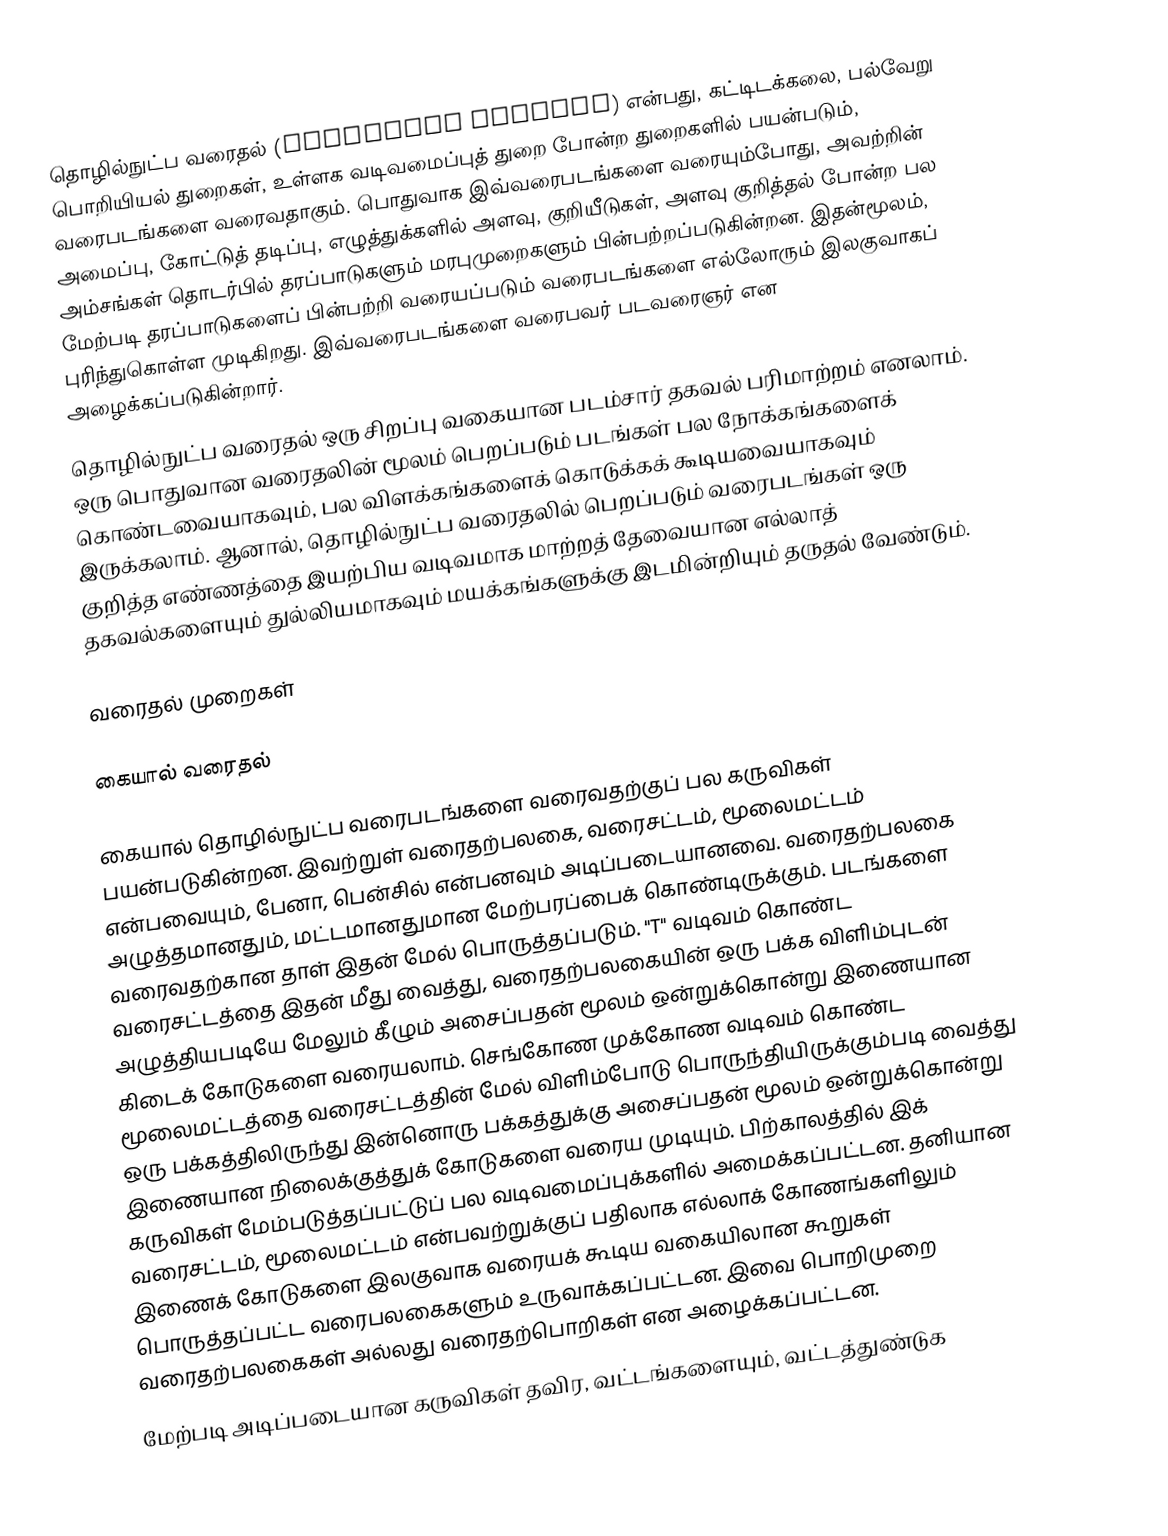
தொழில்நுட்ப வரைதல் (Technical drawing) என்பது, கட்டிடக்கலை, பல்வேறு பொறியியல் துறைகள், உள்ளக வடிவமைப்புத் துறை போன்ற துறைகளில் பயன்படும், வரைபடங்களை வரைவதாகும். பொதுவாக இவ்வரைபடங்களை வரையும்போது, அவற்றின் அமைப்பு, கோட்டுத் தடிப்பு, எழுத்துக்களில் அளவு, குறியீடுகள், அளவு குறித்தல் போன்ற பல அம்சங்கள் தொடர்பில் தரப்பாடுகளும் மரபுமுறைகளும் பின்பற்றப்படுகின்றன. இதன்மூலம், மேற்படி தரப்பாடுகளைப் பின்பற்றி வரையப்படும் வரைபடங்களை எல்லோரும் இலகுவாகப் புரிந்துகொள்ள முடிகிறது. இவ்வரைபடங்களை வரைபவர் படவரைஞர் என அழைக்கப்படுகின்றார்.
தொழில்நுட்ப வரைதல் ஒரு சிறப்பு வகையான படம்சார் தகவல் பரிமாற்றம் எனலாம். ஒரு பொதுவான வரைதலின் மூலம் பெறப்படும் படங்கள் பல நோக்கங்களைக் கொண்டவையாகவும், பல விளக்கங்களைக் கொடுக்கக் கூடியவையாகவும் இருக்கலாம். ஆனால், தொழில்நுட்ப வரைதலில் பெறப்படும் வரைபடங்கள் ஒரு குறித்த எண்ணத்தை இயற்பிய வடிவமாக மாற்றத் தேவையான எல்லாத் தகவல்களையும் துல்லியமாகவும் மயக்கங்களுக்கு இடமின்றியும் தருதல் வேண்டும்.

வரைதல் முறைகள்

கையால் வரைதல்

கையால் தொழில்நுட்ப வரைபடங்களை வரைவதற்குப் பல கருவிகள் பயன்படுகின்றன. இவற்றுள் வரைதற்பலகை, வரைசட்டம், மூலைமட்டம் என்பவையும், பேனா, பென்சில் என்பனவும் அடிப்படையானவை. வரைதற்பலகை அழுத்தமானதும், மட்டமானதுமான மேற்பரப்பைக் கொண்டிருக்கும். படங்களை வரைவதற்கான தாள் இதன் மேல் பொருத்தப்படும். "T" வடிவம் கொண்ட வரைசட்டத்தை இதன் மீது வைத்து, வரைதற்பலகையின் ஒரு பக்க விளிம்புடன் அழுத்தியபடியே மேலும் கீழும் அசைப்பதன் மூலம் ஒன்றுக்கொன்று இணையான கிடைக் கோடுகளை வரையலாம். செங்கோண முக்கோண வடிவம் கொண்ட மூலைமட்டத்தை வரைசட்டத்தின் மேல் விளிம்போடு பொருந்தியிருக்கும்படி வைத்து ஒரு பக்கத்திலிருந்து இன்னொரு பக்கத்துக்கு அசைப்பதன் மூலம் ஒன்றுக்கொன்று இணையான நிலைக்குத்துக் கோடுகளை வரைய முடியும். பிற்காலத்தில் இக் கருவிகள் மேம்படுத்தப்பட்டுப் பல வடிவமைப்புக்களில் அமைக்கப்பட்டன. தனியான வரைசட்டம், மூலைமட்டம் என்பவற்றுக்குப் பதிலாக எல்லாக் கோணங்களிலும் இணைக் கோடுகளை இலகுவாக வரையக் கூடிய வகையிலான கூறுகள் பொருத்தப்பட்ட வரைபலகைகளும் உருவாக்கப்பட்டன. இவை பொறிமுறை வரைதற்பலகைகள் அல்லது வரைதற்பொறிகள் என அழைக்கப்பட்டன.
மேற்படி அடிப்படையான கருவிகள் தவிர, வட்டங்களையும், வட்டத்துண்டுக